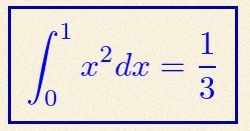
\int_0^1 x^2dx=\frac13